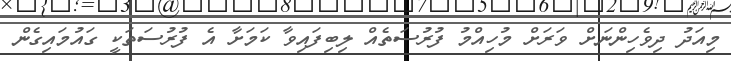
މިއަދު ދިވެހިންނަށް ވަރަށް މުހިއްމު ފުރުސަތެއް ލިބިފައިވާ ކަމަށާ އެ ފުރުސަތަކީ ގައުމައިގެން